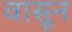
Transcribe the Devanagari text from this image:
वासून